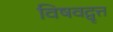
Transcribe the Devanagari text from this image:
विषवद्वृत्त